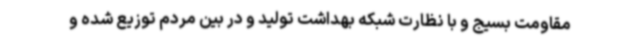
مقاومت بسیج و با نظارت شبکه بهداشت تولید و در بین مردم توزیع شده و